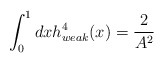
\begin{align*}\int_{0}^{1}dxh_{weak}^{4}(x)=\frac{2}{A^{2}}\end{align*}